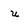
Character: u